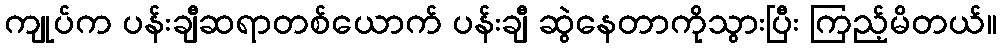
ကျုပ်က ပန်းချီဆရာတစ်ယောက် ပန်းချီ ဆွဲနေတာကိုသွားပြီး ကြည့်မိတယ်။